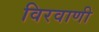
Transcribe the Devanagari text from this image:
विरवाणी